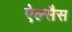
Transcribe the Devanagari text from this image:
ऐल्सैस